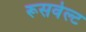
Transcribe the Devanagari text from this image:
रूसवेल्ट